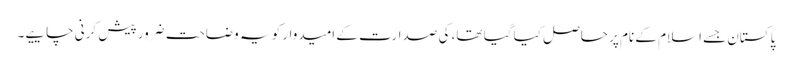
پاکستان جسے اسلام کے نام پر حاصل کیا گیا تھا، کی صدارت کے امیدوار کو یہ وضاحت ضرور پیش کرنی چاییے۔